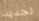
تجديه